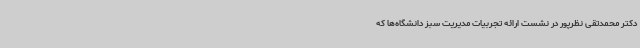
دکتر محمدتقی نظرپور در نشست ارائه تجربیات مدیریت سبز دانشگاه‌ها که